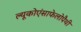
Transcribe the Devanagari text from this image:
ल्यूकोएंसाफेलोपैथी